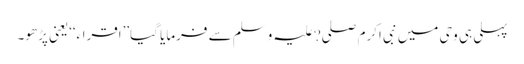
پہلی ہی وحی میں نبی اکرم صلی?علیہ وسلم سے فرمایا گیا’’اقراء‘‘یعنی پڑھو۔